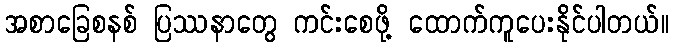
အစာခြေစနစ် ပြဿနာတွေ ကင်းစေဖို့ ထောက်ကူပေးနိုင်ပါတယ်။